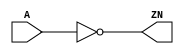
module INV_X8 (A, ZN);
  input A;
  output ZN;

  not(ZN, A);


endmodule